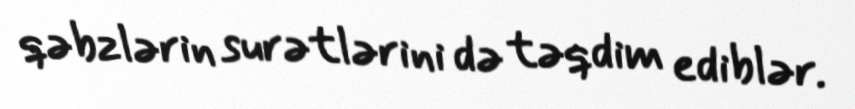
qəbzlərin surətlərini də təqdim ediblər.